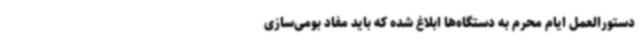
دستورالعمل ایام محرم به دستگاه‌ها ابلاغ شده که باید مفاد بومی‌سازی